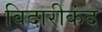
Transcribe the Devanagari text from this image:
विदारीकंद